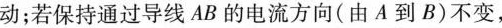
动；若保持通过导线AB的电流方向(由A到B)不变，